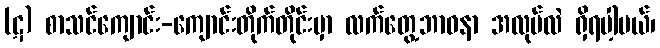
(ဋ) စာသင်ကျောင်း-ကျောင်းတိုက်တိုင်းမှာ လက်တွေ့ဘာဝနာ အလုပ်လဲ ရှိရပါ့မယ်၊